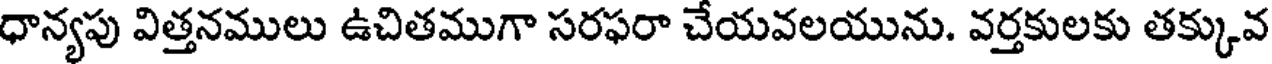
ధాన్యపు విత్తనములు ఉచితముగా సరఫరా చేయవలయును. వర్తకులకు తక్కువ